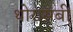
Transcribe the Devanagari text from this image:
थोरासबी